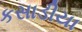
કસાડીયા